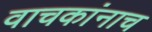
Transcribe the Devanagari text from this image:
वाचकांनाच